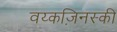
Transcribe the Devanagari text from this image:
वय्कज़िनस्की